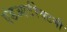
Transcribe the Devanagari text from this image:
एंडआर्टरेक्टमी